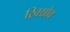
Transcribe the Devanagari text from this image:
ख्रिश्चोव